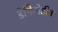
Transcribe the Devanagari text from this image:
डेफिनेटीव